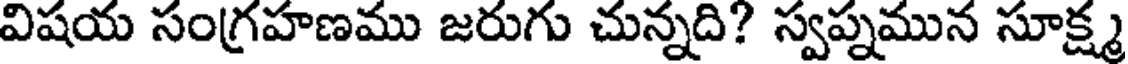
విషయ సంగ్రహణము జరుగు చున్నది? స్వప్నమున సూక్ష్మ